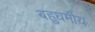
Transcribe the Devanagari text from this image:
बहुधर्मीय